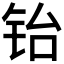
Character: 𬭀